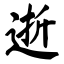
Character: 逝